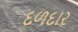
દળદાર